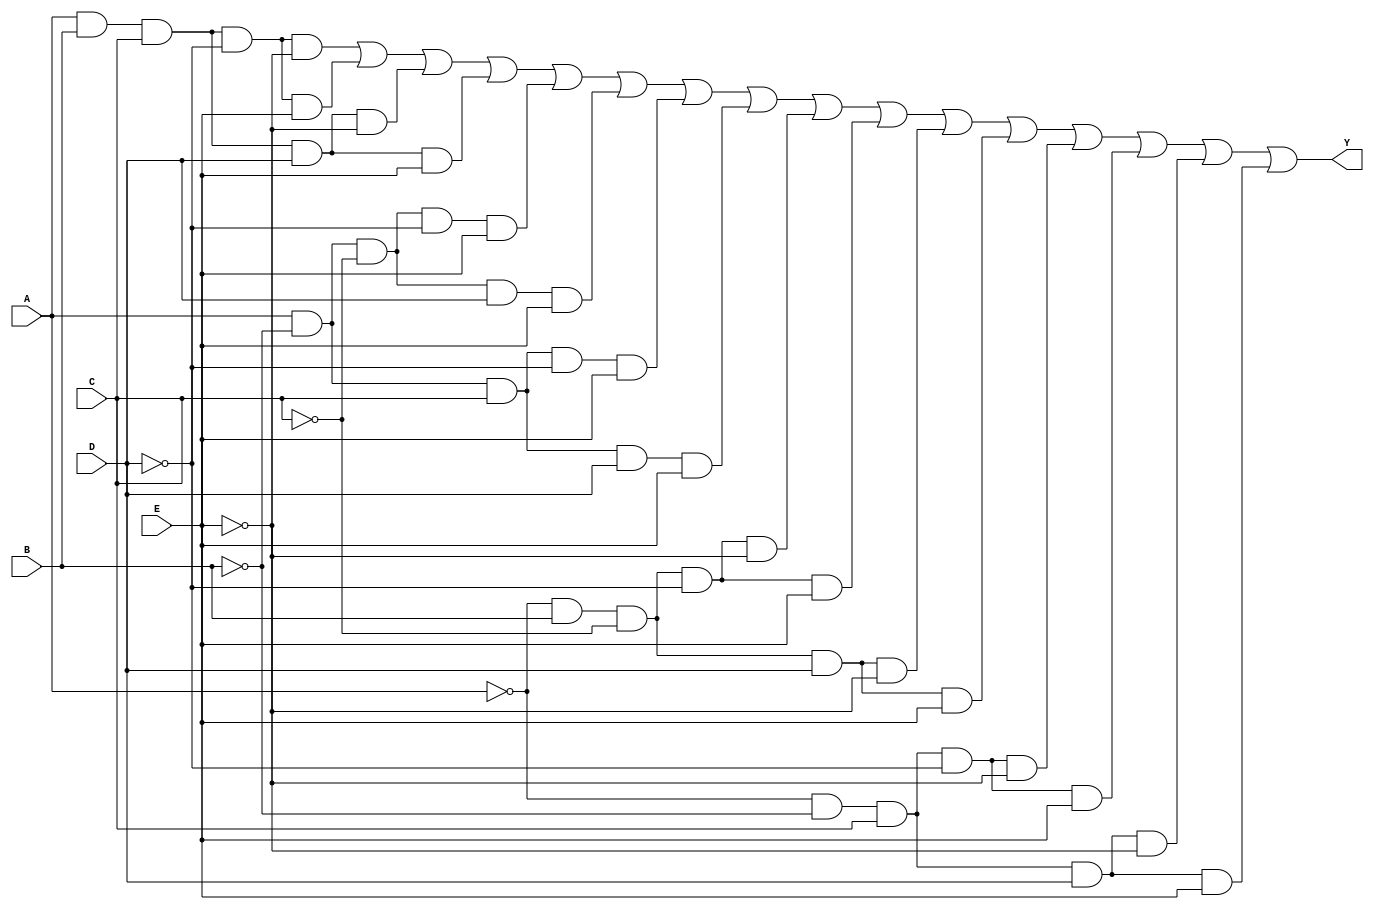
module five_variable_kmap (
    input wire A, // Input variable A
    input wire B, // Input variable B
    input wire C, // Input variable C
    input wire D, // Input variable D
    input wire E, // Input variable E
    output wire Y // Output Y representing the simplified Boolean expression
);

// Define the K-map based on specific minterms
// Here we assume minterms are filled according to the K-map.
// Example: Let's assume minterms 0, 1, 2, 3, 8, 9, 10, 11, 16, 17, 18, 19, 24, 25, 26, 27 are 1.
// This corresponds to a hypothetical function.
assign Y = (A & B & C & ~D & ~E) | // Minterm 0
           (A & B & C & ~D & E)  | // Minterm 1
           (A & B & C & D & ~E)  | // Minterm 2
           (A & B & C & D & E)   | // Minterm 3
           (A & ~B & ~C & ~D & E)| // Minterm 8
           (A & ~B & ~C & D & E) | // Minterm 9
           (A & ~B & C & ~D & E)  | // Minterm 10
           (A & ~B & C & D & E)   | // Minterm 11
           (~A & B & ~C & ~D & ~E)| // Minterm 16
           (~A & B & ~C & ~D & E) | // Minterm 17
           (~A & B & ~C & D & ~E) | // Minterm 18
           (~A & B & ~C & D & E)  | // Minterm 19
           (~A & ~B & C & ~D & ~E)| // Minterm 24
           (~A & ~B & C & ~D & E) | // Minterm 25
           (~A & ~B & C & D & ~E) | // Minterm 26
           (~A & ~B & C & D & E);  // Minterm 27

endmodule